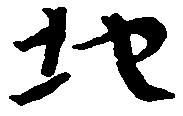
地